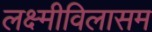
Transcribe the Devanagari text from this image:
लक्ष्मीविलासम